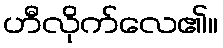
ဟီလိုက်လေ၏။